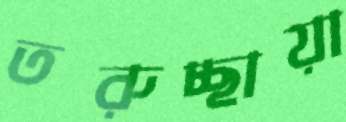
তরুচ্ছায়া